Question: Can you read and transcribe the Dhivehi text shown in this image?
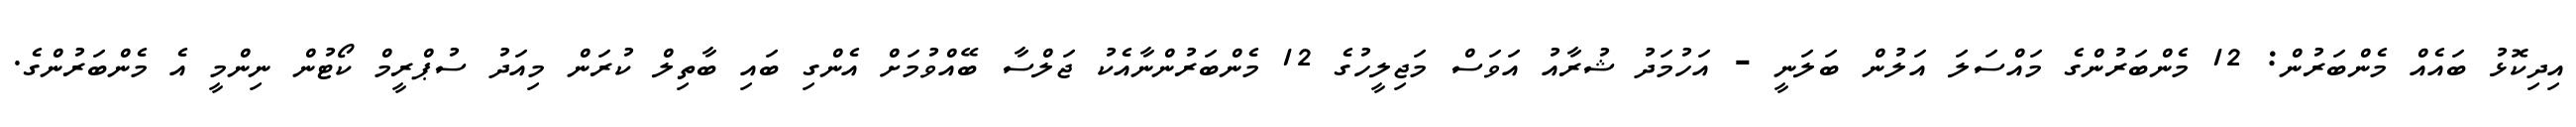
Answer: އިދިކޮޅު ބައެއް މެންބަރުން: 12 މެންބަރުންގެ މައްސަލަ އަލުން ބަލަނީ - އަހުމަދު ޝުރާއު އަވަސް މަޖިލީހުގެ 12 މެންބަރުންނާއެކު ޖަލްސާ ބޭއްވުމަށް އެންގި ބައި ބާތިލް ކުރަން މިއަދު ސުޕްރީމް ކޯޓުން ނިންމީ އެ މެންބަރުންގެ.